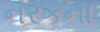
નરકના